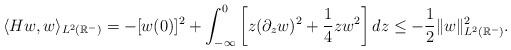
LaTeX: \begin{align*}\langle Hw, w \rangle_{L^2(\mathbb{R}^-)} = - [w(0)]^2 + \int_{-\infty}^0 \left[ z (\partial_z w)^2 + \frac{1}{4} z w^2 \right] dz\leq -\frac{1}{2} \| w \|_{L^2(\mathbb{R}^-)}^2.\end{align*}